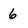
Character: 6